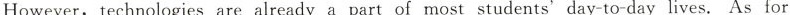
However, technologies are already a part of most students'day-to-day lives. As for